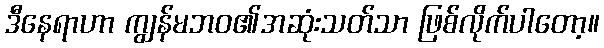
ဒီနေရာဟာ ကျွန်မဘဝ၏အဆုံးသတ်သာ ဖြစ်လိုက်ပါတော့။